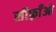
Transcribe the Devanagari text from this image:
सीफ़्राँओ